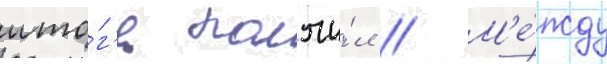
ито́г'е получи́л // М'е́жду